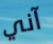
آني